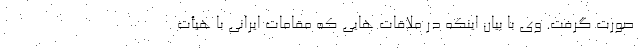
صورت گرفت. وی با بیان اینکه در ملاقات هایی که مقامات ایرانی با هیأت